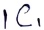
Text: IC